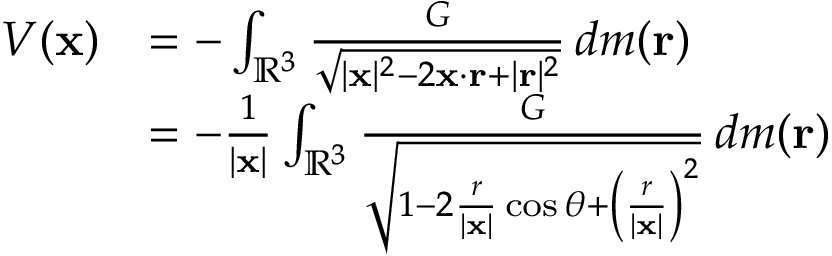
{ \begin{array} { r l } { V ( \mathbf { x } ) } & { = - \int _ { \mathbb { R } ^ { 3 } } { \frac { G } { \sqrt { | \mathbf { x } | ^ { 2 } - 2 \mathbf { x } \cdot \mathbf { r } + | \mathbf { r } | ^ { 2 } } } } \, d m ( \mathbf { r } ) } \\ & { = - { \frac { 1 } { | \mathbf { x } | } } \int _ { \mathbb { R } ^ { 3 } } { \frac { G } { \sqrt { 1 - 2 { \frac { r } { | \mathbf { x } | } } \cos \theta + \left( { \frac { r } { | \mathbf { x } | } } \right) ^ { 2 } } } } \, d m ( \mathbf { r } ) } \end{array} }